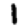
Digit: 1